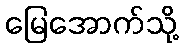
မြေအောက်သို့